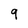
Character: q